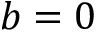
b = 0